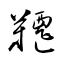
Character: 韆